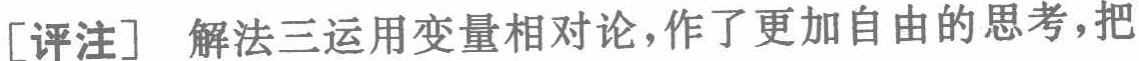
[评注] 解法三运用变量相对论，作了更加自由的思考，把